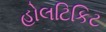
હોલટિકિટ